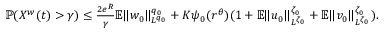
\begin{array} { r } { { \mathbb P } ( X ^ { w } ( t ) > \gamma ) \leq \frac { 2 e ^ { R } } { \gamma } { \mathbb E } \| w _ { 0 } \| _ { L ^ { q _ { 0 } } } ^ { q _ { 0 } } + K \psi _ { 0 } ( r ^ { \theta } ) ( 1 + { \mathbb E } \| u _ { 0 } \| _ { L ^ { \zeta _ { 0 } } } ^ { \zeta _ { 0 } } + { \mathbb E } \| v _ { 0 } \| _ { L ^ { \zeta _ { 0 } } } ^ { \zeta _ { 0 } } ) . } \end{array}